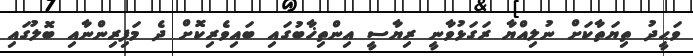
ވަޙީދު ތިޔަތާކަށް ނުލިއްޔާ ރަގަޅުވާނީ ރިޔާސީ އިންތިޚާބުގައި ބައިވެރިކޮށް ދެ މަފިރިންނާއި ބޮލުގައި